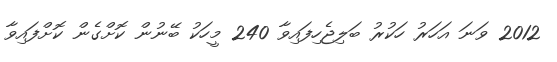
2012 ވަނަ އަހަރު ހަކުރު ބަލިޖެހިފައިވާ 240 މީހަކު ބޭނުން ކޮށްގެން ކޮށްފައިވާ